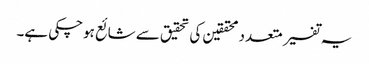
یہ تفسیر متعدد محققین کی تحقیق سے شائع ہوچکی ہے۔